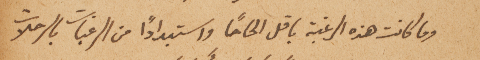
وما كانت هذه الرغبة باقل الحاحاً واستبداداً من الرغبات بالرحلات